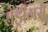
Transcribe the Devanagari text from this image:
रोड्रीगस